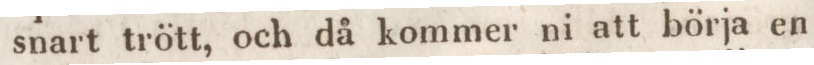
snart trött, och då kommer ni att börja en